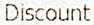
DISCOUNT